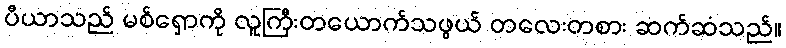
ပီယာသည် မစ်ရှောကို လူကြီးတယောက်သဖွယ် တလေးတစား ဆက်ဆံသည်။